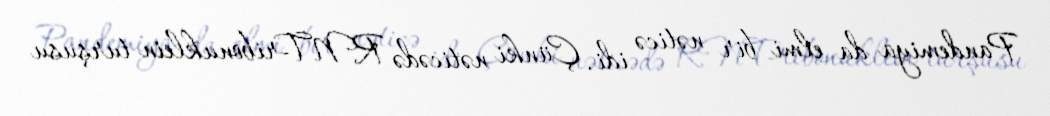
Pandemiya da elmi bir nəticə idi. Çünki nəticədə RNT-ribonuklein turşusu